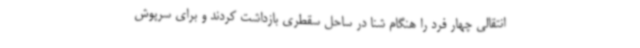
انتقالی چهار فرد را هنگام شنا در ساحل سقطری بازداشت کردند و برای سرپوش